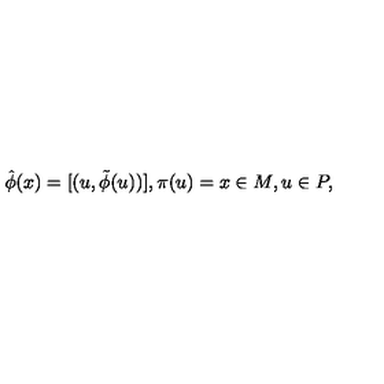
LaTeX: \hat { \phi } ( x ) = [ ( u , \tilde { \phi } ( u ) ) ] , \pi ( u ) = x \in M , u \in P ,